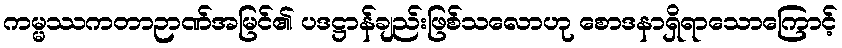
ကမ္မဿကတာဉာဏ်အမြင်၏ ပဒဋ္ဌာန်ချည်းဖြစ်သလောဟု စောဒနာရှိရာသောကြောင့်